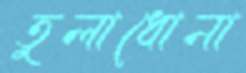
তুলাধোনা